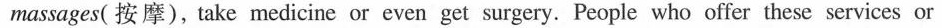
massages( 按摩), take medicine or even get surgery. People who offer these services or